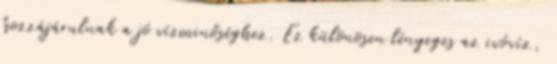
hozzájárulnak a jó vízminőséghez. Ez különösen lényeges az ivóvíz,